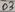
Text: D3